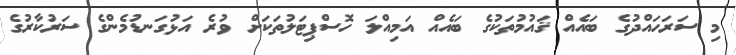
މި ސަރަހައްދުގެ ބައެއް ޤައުމުތަކުގެ ބައެއް އަމިއްލަ ހޮސްޕިޓަލުތަކަށް ވުރެ އަޅުގަނޑުމެންގެ ސަރުކާރުގެ